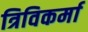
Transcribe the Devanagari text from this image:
त्रिविकर्मा